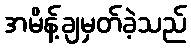
အမိန့်ချမှတ်ခဲ့သည်